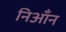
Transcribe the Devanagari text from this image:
निआँन